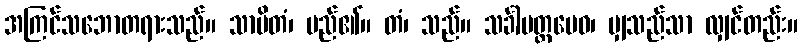
အကြင်သဘောတရားသည်။ သာမိတံ၊ မည်၏။ တံ၊ သည်။ သင်္ခါမတ္တမေဝ၊ မျှသည်သာ လျှင်တည်း။